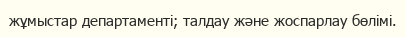
жұмыстар департаменті; талдау және жоспарлау бөлімі.